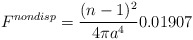
\begin{align*}F^{nondisp}=\frac{(n-1)^2}{4 \pi a^4}0.01907\end{align*}